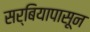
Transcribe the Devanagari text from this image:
सर्बियापासून